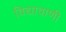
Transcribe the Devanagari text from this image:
विद्यावाणी